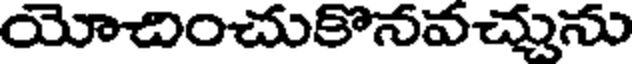
యోచించుకొనవచ్చును